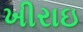
ખીરાઇ